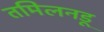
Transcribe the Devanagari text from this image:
तमिलनडू